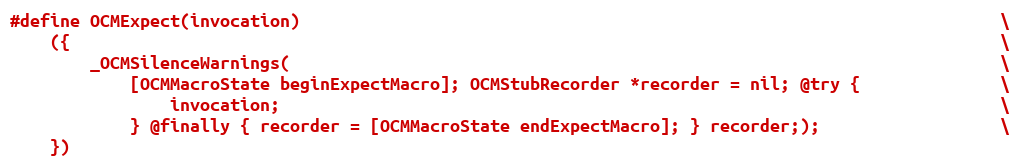
Language: C
#define OCMExpect(invocation)                                                                      \
    ({                                                                                             \
        _OCMSilenceWarnings(                                                                       \
            [OCMMacroState beginExpectMacro]; OCMStubRecorder *recorder = nil; @try {              \
                invocation;                                                                        \
            } @finally { recorder = [OCMMacroState endExpectMacro]; } recorder;);                  \
    })